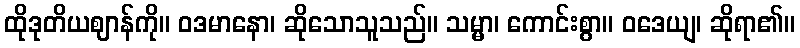
ထိုဒုတိယဈာန်ကို။ ဝဒမာနော၊ ဆိုသောသူသည်။ သမ္မာ၊ ကောင်းစွာ။ ဝဒေယျ၊ ဆိုရာ၏။